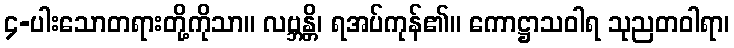
၄-ပါးသောတရားတို့ကိုသာ။ လဗ္ဘန္တိ၊ ရအပ်ကုန်၏။ ကောဋ္ဌာသဝါရ သုညတဝါရာ၊